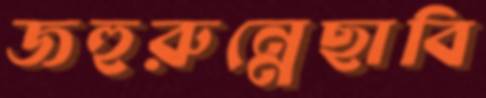
জহুরুন্নেছাবি